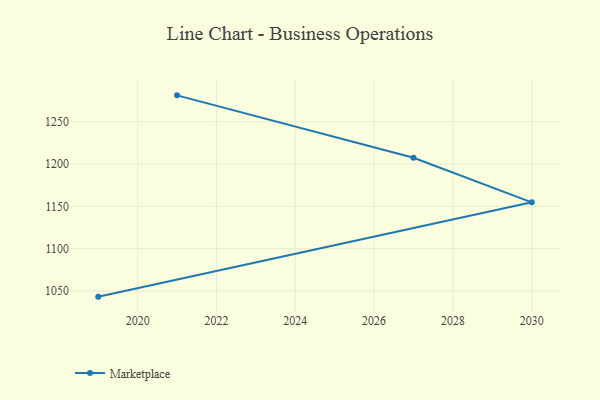
{"axis": {"x": "Year", "y": "Shipments"}, "legend": ["Marketplace"], "data": [{"x": "2021", "y": 1281.1, "type": "Marketplace"}, {"x": "2027", "y": 1207.4, "type": "Marketplace"}, {"x": "2030", "y": 1154.7, "type": "Marketplace"}, {"x": "2019", "y": 1043.3, "type": "Marketplace"}]}